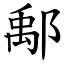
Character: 鄅